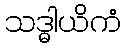
သဒ္ဓါယိကံ